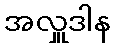
အလှူဒါန